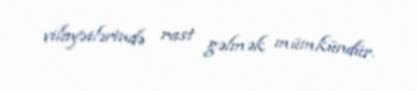
vilayətlərində rast gəlmək mümkündür.